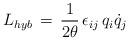
LaTeX: \begin{align*}L_{hyb}\,=\,\frac{1}{2\theta}\,\epsilon_{ij}\,q_i\dot q_j\end{align*}